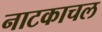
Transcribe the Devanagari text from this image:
नाटकाचल